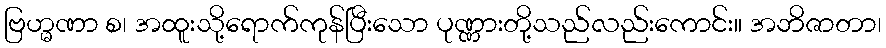
ဗြဟ္မဏာ စ၊ အထူးသို့ရောက်ကုန်ပြီးသော ပုဏ္ဏားတို့သည်လည်းကောင်း။ အဘိဇာတာ၊